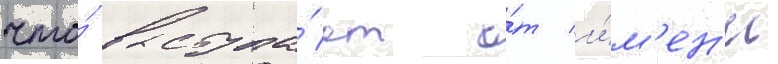
что́ выступа́ет о́т и́м'ен'и